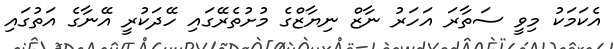
އެކަމަކު މިވީ ސަތާރަ އަހަރު ނާޒް ނިޔާޒްގެ މުށުތެރޭގައި ހޭދަކުރީ އޭނާގެ އަތުގައި